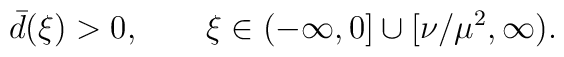
\bar d(\xi) > 0,\qquad\xi\in(-\infty,0]\cup[\nu/\mu^2,\infty).